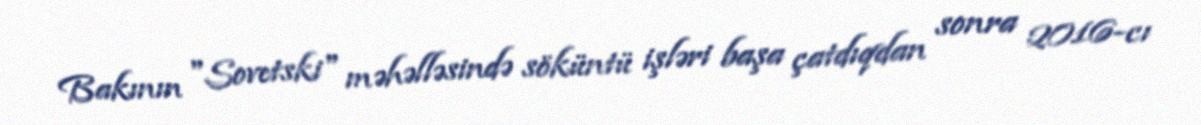
Bakının "Sovetski" məhəlləsində söküntü işləri başa çatdıqdan sonra 2016-cı